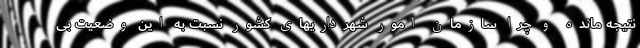
نتیجه مانده و چرا سازمان امور شهرداریهای کشور نسبت به این وضعیت بی